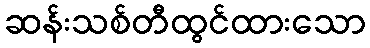
ဆန်းသစ်တီထွင်ထားသော